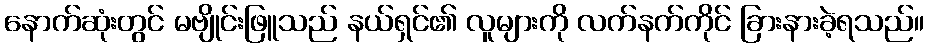
နောက်ဆုံးတွင် မဗျိုင်းဖြူသည် နယ်ရှင်၏ လူများကို လက်နက်ကိုင် ခြားနားခဲ့ရသည်။